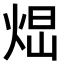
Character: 𤉆